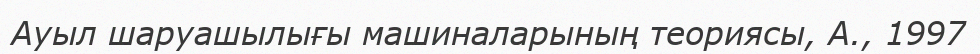
Ауыл шаруашылығы машиналарының теориясы, А., 1997